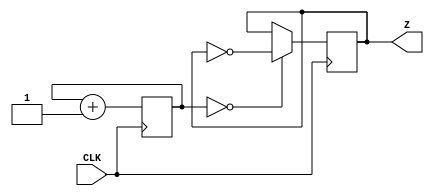
`timescale 1ns / 1ps
//////////////////////////////////////////////////////////////////////////////////
// Company: 
// Engineer: 
// 
// Design Name: 
// Module Name: clk381hz
// Project Name: 
// Target Devices: 
// Tool Versions: 
// Description: 
// 
// Dependencies: 
// 
// Revision:
// Revision 0.01 - File Created
// Additional Comments:
// 
//////////////////////////////////////////////////////////////////////////////////


module clk381hz(
    input CLK,
    output reg Z
    );

    reg [17:0] COUNTER;

    always @ (posedge CLK) begin  
        COUNTER <= COUNTER + 1;
        Z <= (COUNTER == 0) ? ~Z : Z;
    end
endmodule